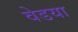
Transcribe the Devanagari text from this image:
वेडया